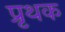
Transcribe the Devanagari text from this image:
प्रृथक